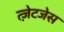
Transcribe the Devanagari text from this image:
त्ज़ेटजेस